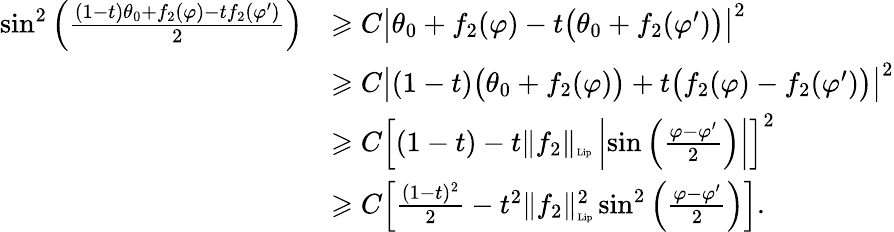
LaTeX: \begin{array}{rl}{\sin^{2}\left(\frac{(1-t)\theta_{0}+f_{2}(\varphi)-tf_{2}(\varphi^{\prime})}{2}\right)}&{\geqslant C\big|\theta_{0}+f_{2}(\varphi)-t\big(\theta_{0}+f_{2}(\varphi^{\prime})\big)\big|^{2}}\\ &{\geqslant C\big|(1-t)\big(\theta_{0}+f_{2}(\varphi)\big)+t\big(f_{2}(\varphi)-f_{2}(\varphi^{\prime})\big)\big|^{2}}\\ &{\geqslant C\Big[(1-t)-t\| f_{2}\| _{\textnormal{\tiny{Lip}}}\left|\sin\left(\frac{\varphi-\varphi^{\prime}}{2}\right)\right|\Big]^{2}}\\ &{\geqslant C\Big[\frac{(1-t)^{2}}{2}-t^{2}\| f_{2}\| _{\textnormal{\tiny{Lip}}}^{2}\sin^{2}\left(\frac{\varphi-\varphi^{\prime}}{2}\right)\Big].}\end{array}